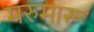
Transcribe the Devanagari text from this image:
मरुमारू